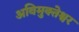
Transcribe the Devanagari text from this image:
अविमुक्तेश्वर